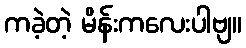
ကခဲ့တဲ့ မိန်းကလေးပါဗျ။